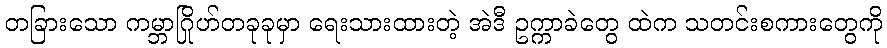
တခြားသော ကမ္ဘာဂြိုဟ်တခုခုမှာ ရေးသားထားတဲ့ အဲဒီ ဥက္ကာခဲတွေ ထဲက သတင်းစကားတွေကို